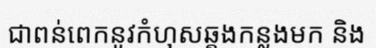
ជាពន់ពេកនូវកំហុសឆ្គងកន្លងមក និង